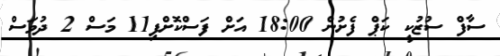
ސާފް ސުޒުކީ ކަޕް ފެށުން 18:00 އަށް ފަސްކޮށްފި11 މަސް 2 ދުވަސް